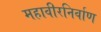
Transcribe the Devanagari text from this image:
महावीरनिर्वाण